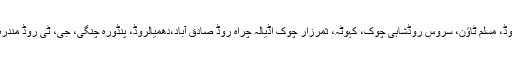
ایف چوک،ریلوے ورکشاپ روڈ،ڈبل روڈ،سروس روڈشاہی چوک، بہاترہ روڈ، سسکتھ روڈ، مین مری روڈ، مسلم ٹاؤن، سروس روڈشاہی چوک، کہوٹہ، ثمرزار چوک اڈیالہ چراہ روڈ صادق آباد،دھمیالروڈ، پنڈورہ چنگی، جی، ٹی روڈ مندرہ گجر خان، شیر شاہ سوری روڈ ٹیکسلا،ڈھوک کالا خان،کمرشل مارکیٹ اور 8 نمبر چنگی کا دورہ کیا۔